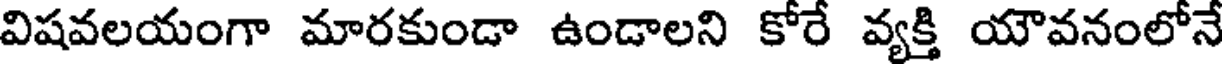
విషవలయంగా మారకుండా ఉండాలని కోరే వ్యక్తి యౌవనంలోనే